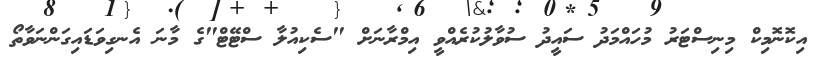
އިކޮނޮމިކް މިނިސްޓަރު މުހައްމަދު ސައީދު ސުވާލުކުރެއްވީ އިމްރާނަށް "ސެކިއުލާ ސްޓޭޓް"ގެ މާނަ އެނގިވަޑައިގަންނަވާތޯ